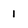
Character: 1